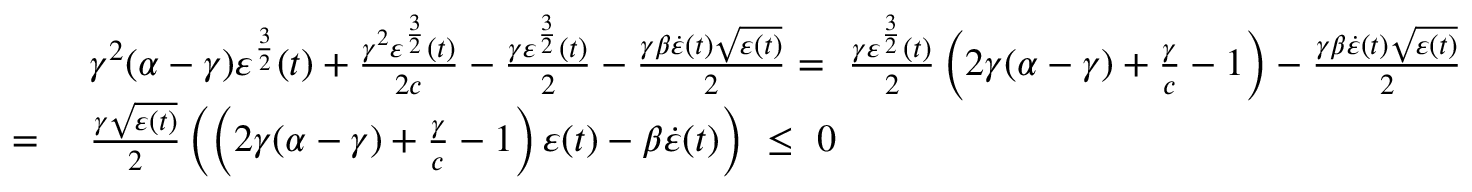
\begin{array} { r l } & { \gamma ^ { 2 } ( \alpha - \gamma ) \varepsilon ^ { \frac { 3 } { 2 } } ( t ) + \frac { \gamma ^ { 2 } \varepsilon ^ { \frac { 3 } { 2 } } ( t ) } { 2 c } - \frac { \gamma \varepsilon ^ { \frac { 3 } { 2 } } ( t ) } { 2 } - \frac { \gamma \beta \dot { \varepsilon } ( t ) \sqrt { \varepsilon ( t ) } } { 2 } = \ \frac { \gamma \varepsilon ^ { \frac { 3 } { 2 } } ( t ) } { 2 } \left( 2 \gamma ( \alpha - \gamma ) + \frac { \gamma } { c } - 1 \right) - \frac { \gamma \beta \dot { \varepsilon } ( t ) \sqrt { \varepsilon ( t ) } } { 2 } } \\ { = \ } & { \frac { \gamma \sqrt { \varepsilon ( t ) } } { 2 } \left( \left( 2 \gamma ( \alpha - \gamma ) + \frac { \gamma } { c } - 1 \right) \varepsilon ( t ) - \beta \dot { \varepsilon } ( t ) \right) \ \leq \ 0 } \end{array}